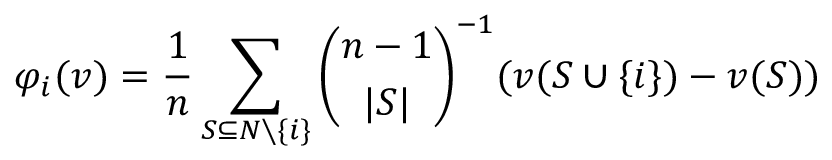
\varphi _ { i } ( v ) = { \frac { 1 } { n } } \sum _ { S \subseteq N \setminus \{ i \} } { \binom { n - 1 } { | S | } } ^ { - 1 } ( v ( S \cup \{ i \} ) - v ( S ) )